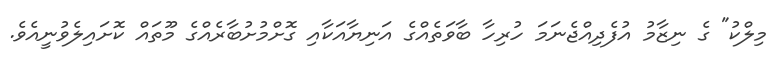
މިލްކު" ގެ ނިޒާމު އުފެދިއްޖެނަމަ ހުރިހާ ބާވަތެއްގެ އަނިޔާއަކާއި ގޮށްމުށުބާރެއްގެ މޫތައް ކޮށައިލެވުނީއެވެ.